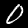
Digit: 0